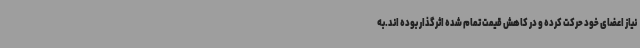
نیاز اعضای خود حرکت کرده و در کاهش قیمت تمام شده اثرگذار بوده اند.به